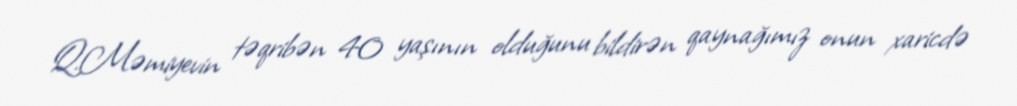
Q.Məmiyevin təqribən 40 yaşının olduğunu bildirən qaynağımız onun xaricdə